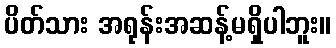
ပိတ်သား အရုန်းအဆန့်မရှိပါဘူး။